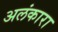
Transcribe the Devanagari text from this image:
अलंकारा